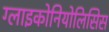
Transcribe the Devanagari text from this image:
ग्लाइकोनियोलिसिस